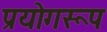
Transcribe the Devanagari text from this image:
प्रयोगरूप